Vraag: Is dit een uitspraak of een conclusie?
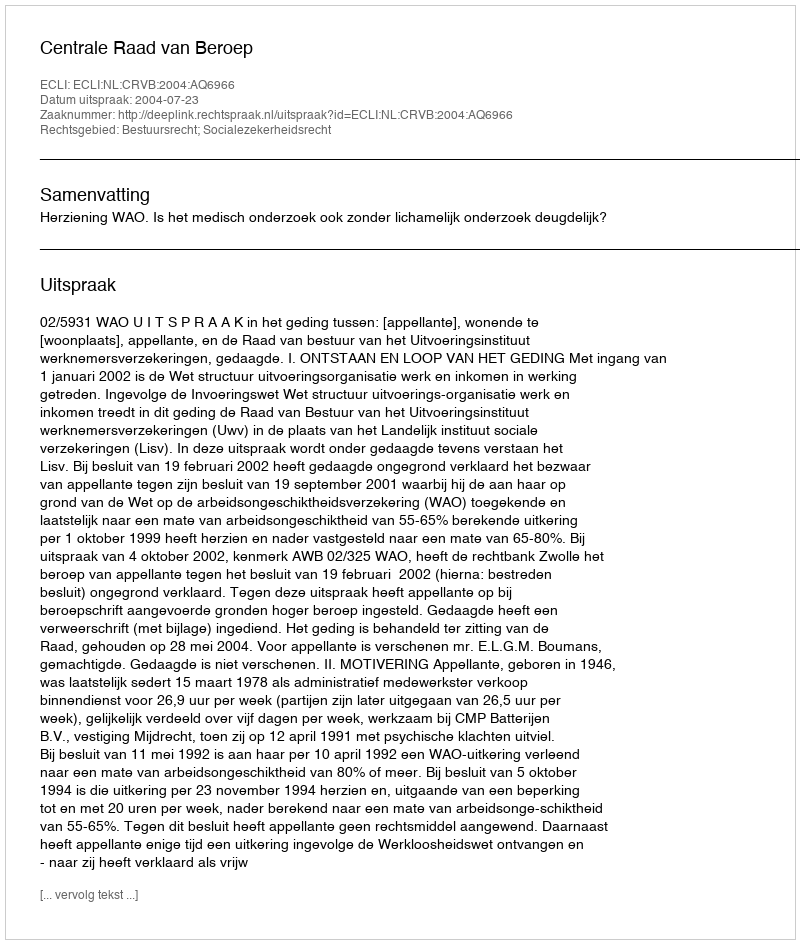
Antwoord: Uitspraak